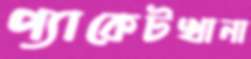
প্যাকেটখানা